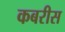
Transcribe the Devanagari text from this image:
कबरीस